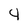
Character: 4